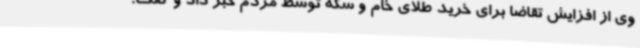
وی از افزایش تقاضا برای خرید طلای خام و سکه توسط مردم خبر داد و گفت: